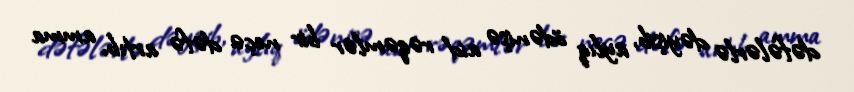
dəfələrlə dəyişib, aylıq ödənişə aid rəqəmlər bir neçə dəfə artıb, amma